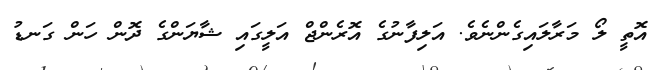
އޮތީ ލޯ މަރާލައިގެންނެވެ. އަލިފާނުގެ އޮރެންޖް އަލީގައި ޝާޔަންގެ ދޮން ހަން ގަނޑު